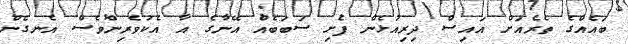
ބައެއްގެ ތެރެއަށް އައިސް ދިރިއުޅެން ފެށި ސަބަބެއް އޭނާގެ އާ އެކުވެރިންވެސް އެނގެން